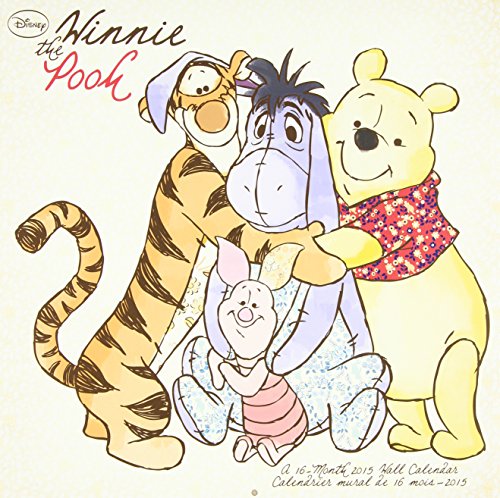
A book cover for Winnie the Pooh 2015 Calendar; Calendars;